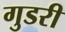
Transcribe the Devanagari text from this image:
गुडरी